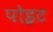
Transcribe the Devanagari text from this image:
पोइट